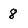
Character: 8